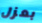
بعزل